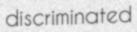
discriminated